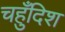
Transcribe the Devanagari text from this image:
चहुँदिश